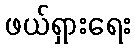
ဖယ်ရှားရေး